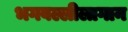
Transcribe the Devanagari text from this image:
भगवल्लीलागान